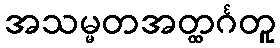
အသမ္မတအတ္ထင်္ဂတူ